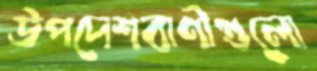
উপদেশবাণীগুলো